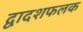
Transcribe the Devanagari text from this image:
द्वादशफलक